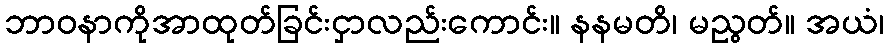
ဘာဝနာကိုအာထုတ်ခြင်းငှာလည်းကောင်း။ နနမတိ၊ မညွတ်။ အယံ၊